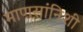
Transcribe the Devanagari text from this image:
माणसांनिशी